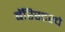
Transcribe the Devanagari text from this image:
बॅरिस्टरचे